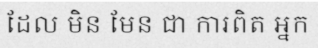
ដែល មិន មែន ជា ការពិត អ្នក